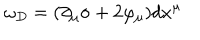
\omega _ { D } = ( \partial _ { \mu } \sigma + 2 \varphi _ { \mu } ) d x ^ { \mu }